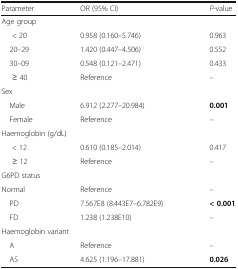
<table><thead><tr><td><b>Parameter</b></td><td><b>OR (95% CI)</b></td><td><b><i>P</i>-value</b></td></tr></thead><tbody><tr><td colspan="3">Age group</td></tr><tr><td>&lt; 20</td><td>0.958 (0.160–5.746)</td><td>0.963</td></tr><tr><td> 20–29</td><td>1.420 (0.447–4.506)</td><td>0.552</td></tr><tr><td> 30–09</td><td>0.548 (0.121–2.471)</td><td>0.433</td></tr><tr><td>≥ 40</td><td>Reference</td><td>–</td></tr><tr><td colspan="3">Sex</td></tr><tr><td> Male</td><td>6.912 (2.277–20.984)</td><td><b>0.001</b></td></tr><tr><td> Female</td><td>Reference</td><td>–</td></tr><tr><td colspan="3">Haemoglobin (g/dL)</td></tr><tr><td>&lt; 12</td><td>0.610 (0.185–2.014)</td><td>0.417</td></tr><tr><td>≥ 12</td><td>Reference</td><td>–</td></tr><tr><td colspan="3">G6PD status</td></tr><tr><td>Normal</td><td>Reference</td><td>–</td></tr><tr><td> PD</td><td>7.567E8 (8.443E7–6.782E9)</td><td><b>&lt; 0.001</b></td></tr><tr><td> FD</td><td>1.238 (1.238E10)</td><td>–</td></tr><tr><td colspan="3">Haemoglobin variant</td></tr><tr><td> A</td><td>Reference</td><td>–</td></tr><tr><td> AS</td><td>4.625 (1.196–17.881)</td><td><b>0.026</b></td></tr></tbody></table>